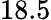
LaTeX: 18.5